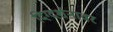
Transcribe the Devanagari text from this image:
दिग्दर्शनावर